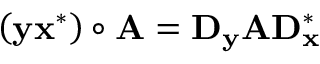
\left( \mathbf { y } \mathbf { x } ^ { * } \right) \circ \mathbf { A } = \mathbf { D } _ { \mathbf { y } } \mathbf { A } \mathbf { D } _ { \mathbf { x } } ^ { * }